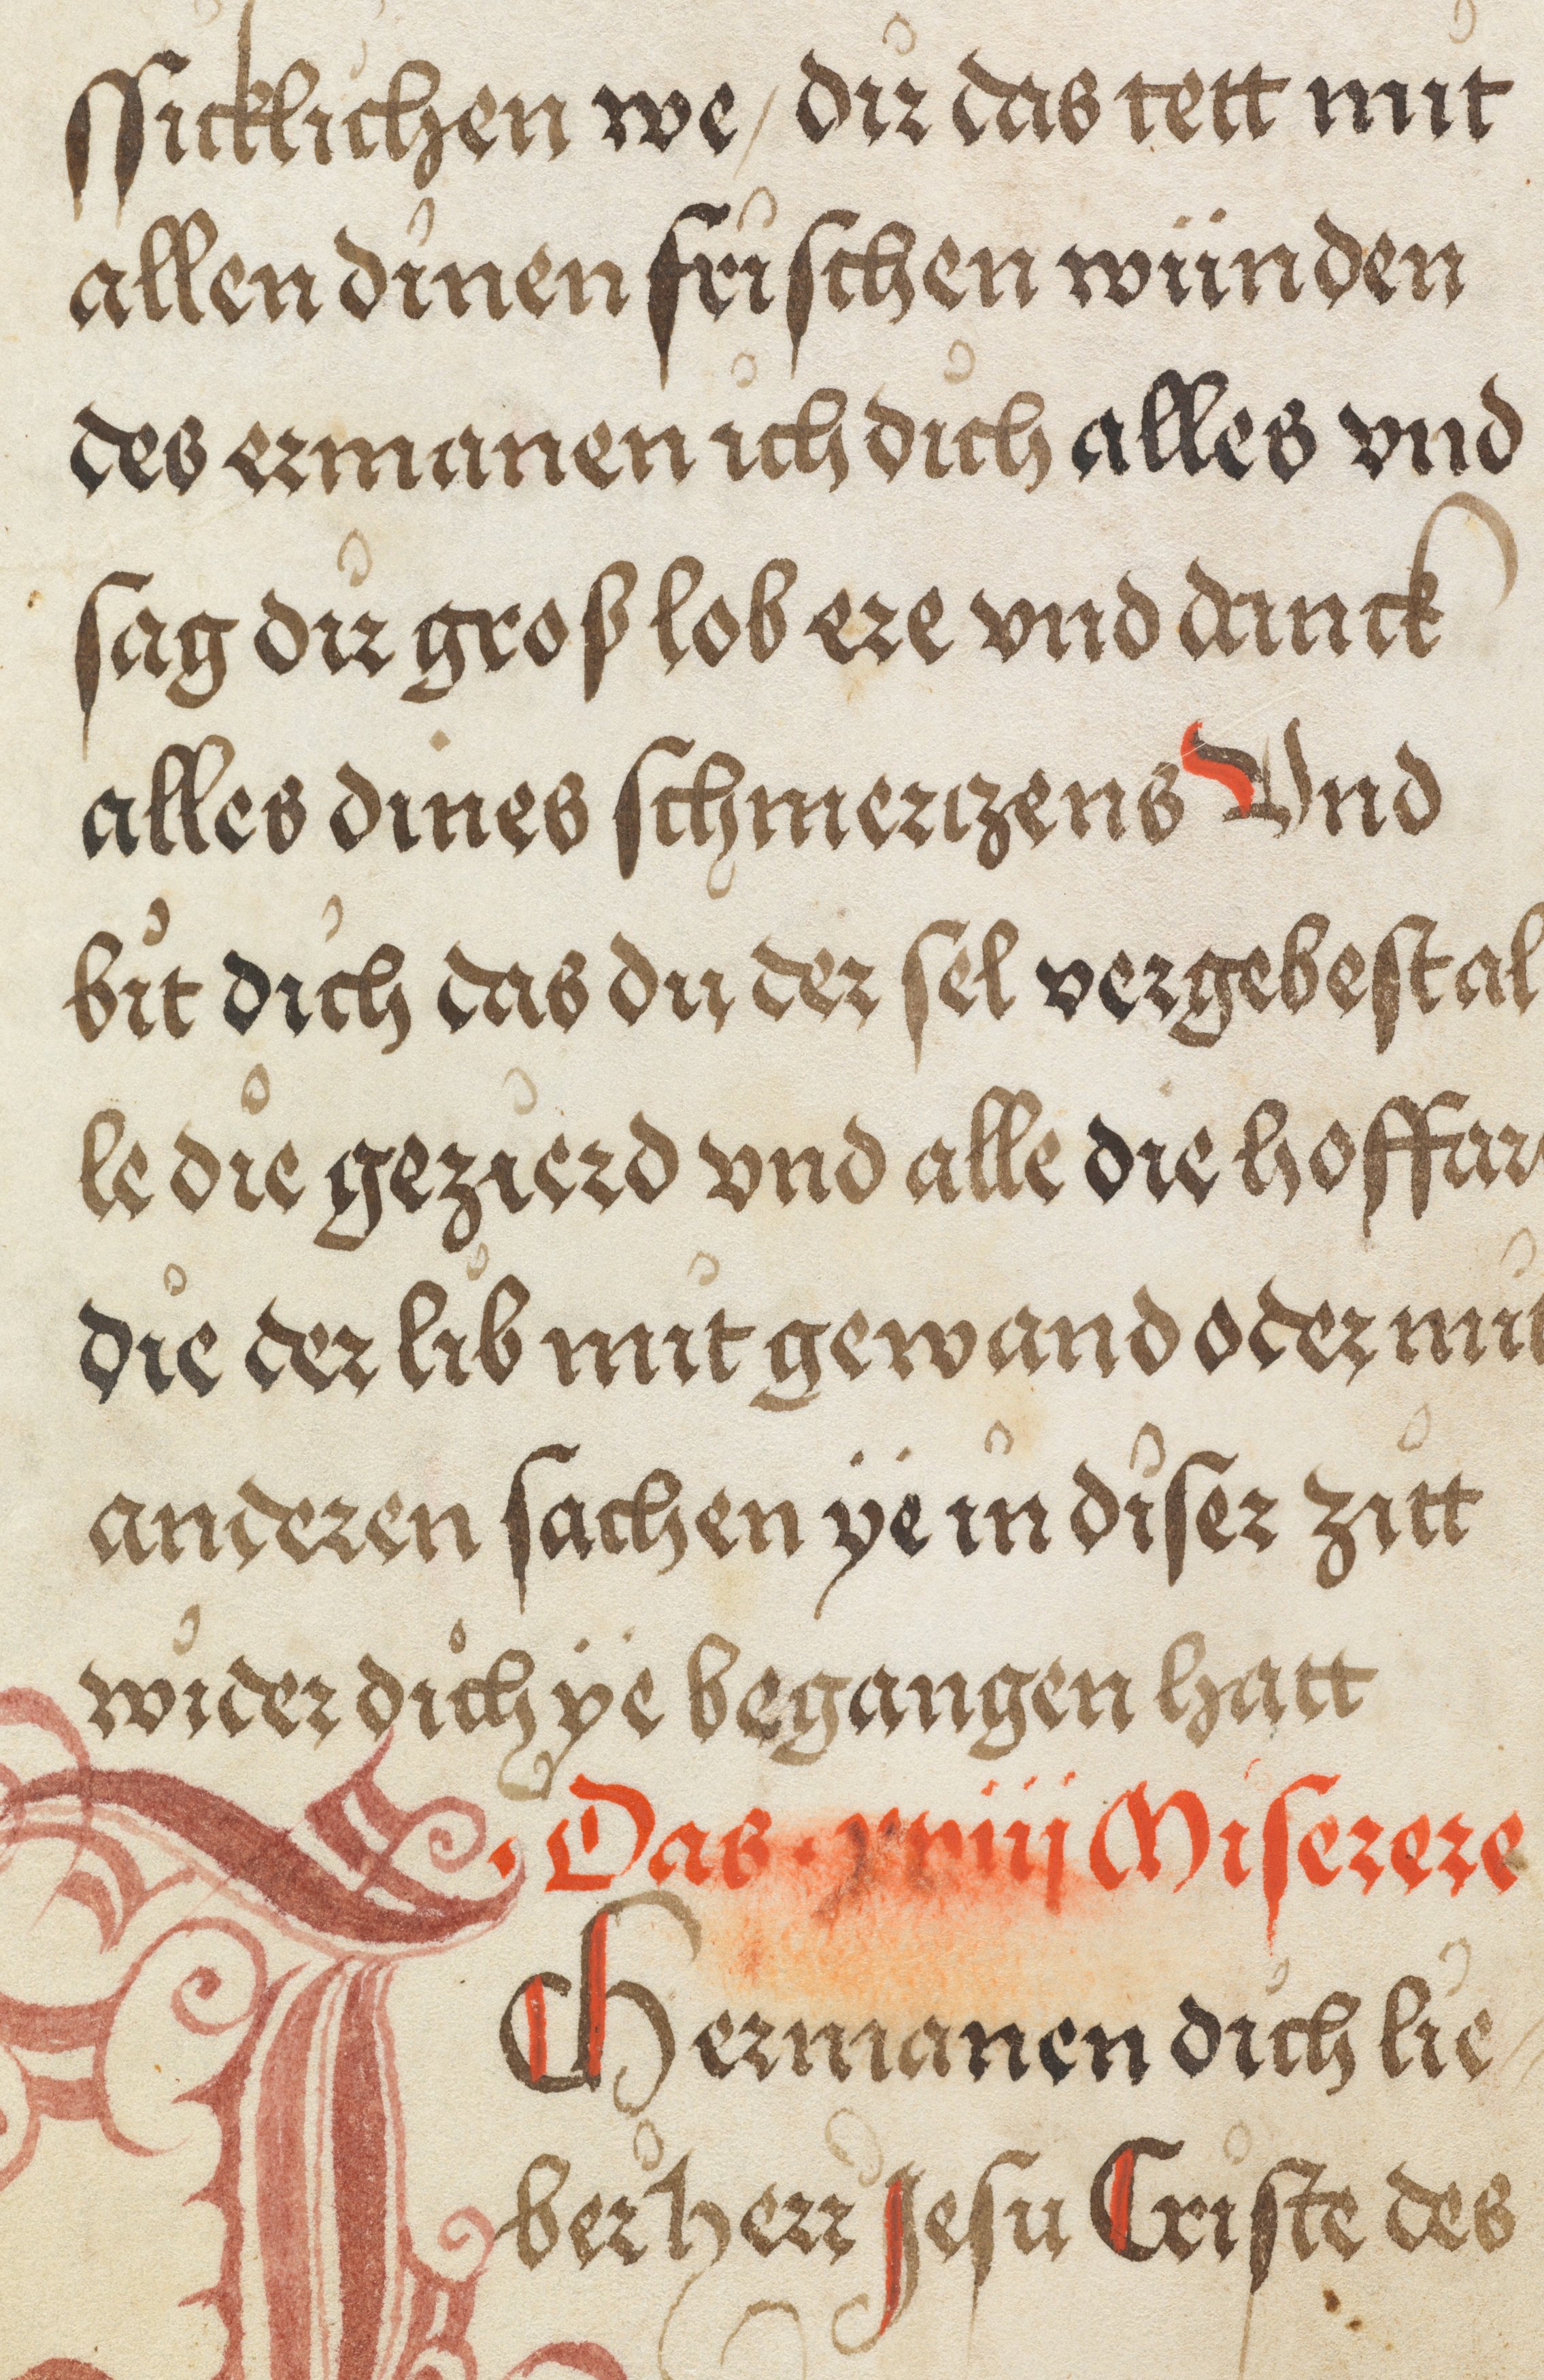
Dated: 1500–1530